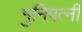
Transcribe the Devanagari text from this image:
मुनिपत्‍नी